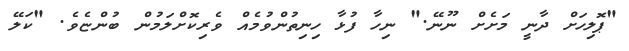
"ޕޮލިހަށް ދާނީ މަށެށް ނޫނޭ." ނިހާ ފުޅާ ހިނިތުންވުމެއް ވެރިކޮށްލަމުން ބުންޏެވެ. "ކަލޭ